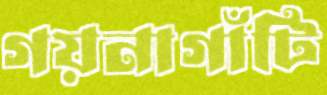
গয়নাগাঁটি